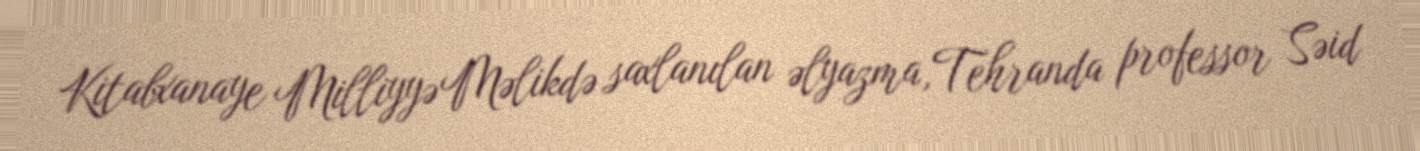
Kitabxanaye Milliyyə Məlikdə saxlanılan əlyazma,Tehranda professor Səid